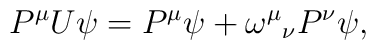
P^{\mu }U\psi =P^{\mu }\psi +\omega ^{\mu }{}_{\nu }P^{\nu }\psi ,